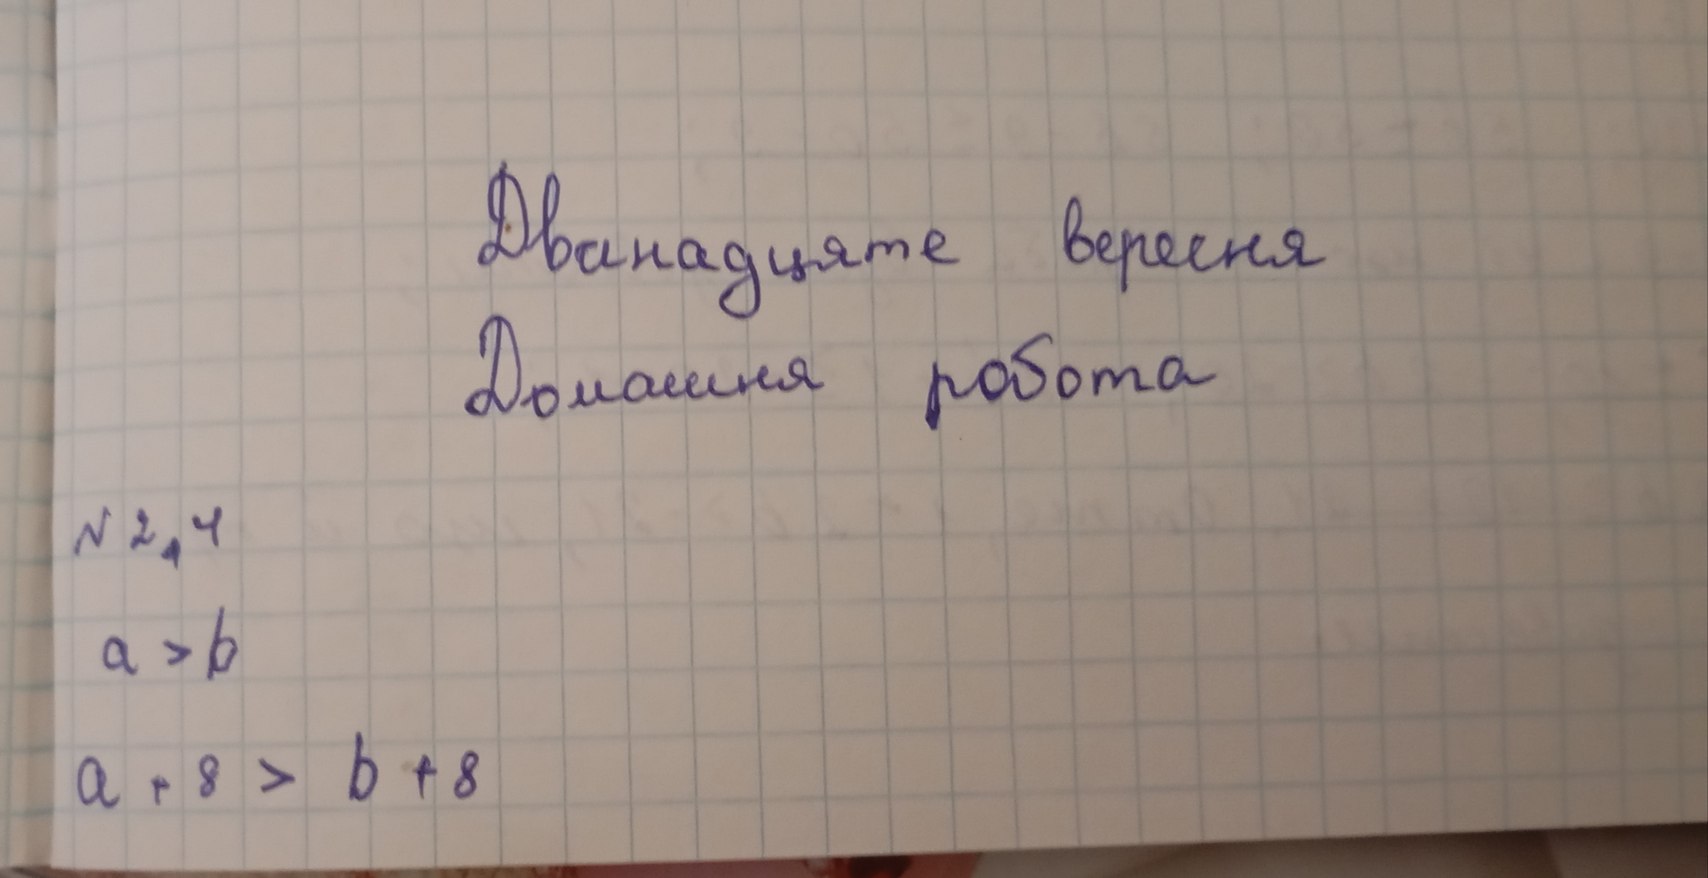
Дванадцяте вересня
Домашня робота
№ 2,4
a > b
a + 8 > b + 8